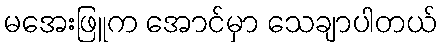
မအေးဖြူက အောင်မှာ သေချာပါတယ်